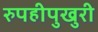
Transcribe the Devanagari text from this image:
रुपहीपुखुरी